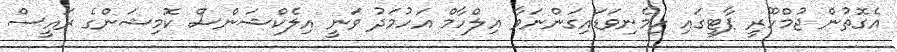
އެގޮތުން ޖުމްހޫރީ ޕާޓީގައި ހިމެނިވަޑައިގަންނަވާ އިލްހާމް އަހުމަދު ވަނީ އިލެކްޝަންސް ކޮމިޝަންގެ ރައީސް